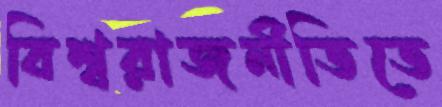
বিশ্বরাজনীতিতে